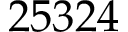
2 5 3 2 4